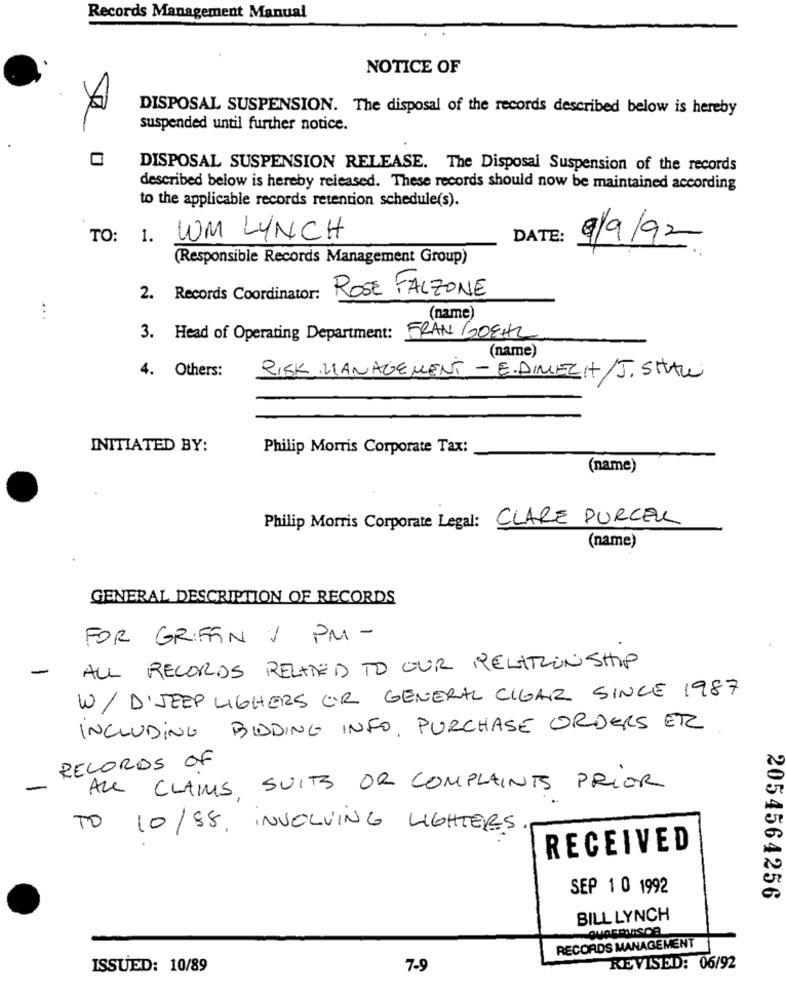
Records Management Manual
NOTICE OF
DISPOSAL SUSPENSION. The disposal of the records described below is hereby
suspended until further notice.
DISPOSAL SUSPENSION RELEASE. The Disposal Suspension of the records
described below is hereby released. These records should now be maintained according
to the applicable records retention schedule(s).
TO: 1. UM LYNCH
DATE:
9/9/92
(Responsible Records Management Group)
ROSE FALZONE
2. Records Coordinator:
...
(name)
3. Head of Operating Department: FRANGOEHL
(name)
4. Others:
RISK MANAGEMENT - E.DIMECH/J. SHAW
INITIATED BY:
Philip Morris Corporate Tax:
(name)
Philip Morris Corporate Legal: CLARE PURCEL
(name)
GENERAL DESCRIPTION OF RECORDS
FOR GRIFFIN V PM -
-
ALL RECORDS RELATED TO OUR RELATIONSHIP
W/ D'JEEP LIGHERS OR GENERAL CIGAR SINCE 1987
INCLUDING BIDDING INFO, PURCHASE ORDERS ER
RECORDS OF
-
ALL CLAIMS SUITS OR COMPLAINTS PRIOR
TO 10/98, INVOLVING LIGHTERS
RECEIVED
SEP 1 0 1992
2054564256
BILL LYNCH
RECORDS MANAGEMENT
ISSUED: 10/89
7-9
REVISED: 06/92